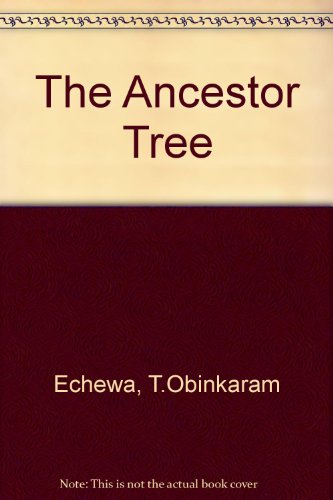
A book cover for The Ancestor Tree; T. Obinkaram Echewa; Children's Books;